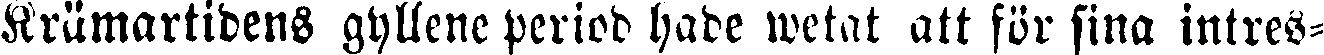
Krämartidens gyllene period hade wetat att för sina intres-